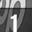
Digit: 1